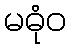
မဓုံဝ